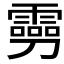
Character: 𠠢